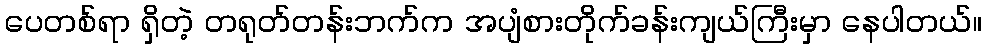
ပေတစ်ရာ ရှိတဲ့ တရုတ်တန်းဘက်က အပျံစားတိုက်ခန်းကျယ်ကြီးမှာ နေပါတယ်။